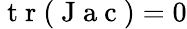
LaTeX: \mathrm{~t~r~}(\mathrm{~J~a~c~})=0